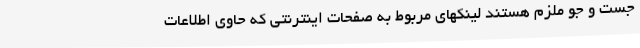
جست و جو ملزم هستند لینکهای مربوط به صفحات اینترنتی که حاوی اطلاعات